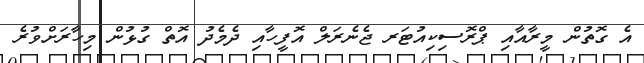
އެ ގޮތުން މީރާއާއި ޕްރޮސިކިއުޓަރ ޖެނެރަލް އޮފީހާއި ދެމެދު އޮތް ގުޅުން މިހާރަށްވުރެ